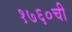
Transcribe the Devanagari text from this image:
१७६०ची